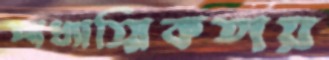
আধ্যাত্মিকতায়